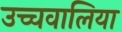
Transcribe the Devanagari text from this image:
उच्चवालिया